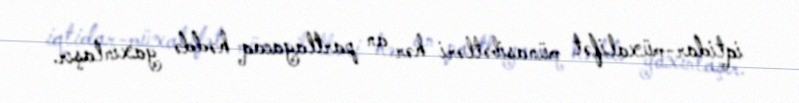
iqtidar-müxalifət münasibətləri hər an partlayacaq həddə yaxınlaşır.